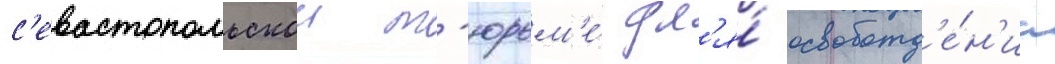
с'евастопольскои т'юрьм'е́ дл'я́ освобожд'е́н'иа